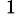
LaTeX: ^{\mathrm{~1~}}{}